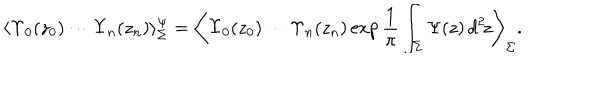
\langle \Upsilon _ { 0 } ( z _ { 0 } ) \cdots \Upsilon _ { n } ( z _ { n } ) \rangle _ { \Sigma } ^ { \Psi } = \left\langle \Upsilon _ { 0 } ( z _ { 0 } ) \cdots \Upsilon _ { n } ( z _ { n } ) \exp \frac { 1 } { \pi } \int _ { \Sigma } \Psi ( z ) \, d ^ { 2 } \! z \right\rangle _ { \Sigma } .